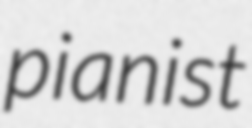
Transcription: pianist